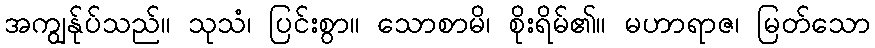
အကျွန်ုပ်သည်။ သုသံ၊ ပြင်းစွာ။ သောစာမိ၊ စိုးရိမ်၏။ မဟာရာဇ၊ မြတ်သော